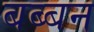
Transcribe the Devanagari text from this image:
बब्‍बन